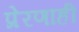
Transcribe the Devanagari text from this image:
प्रेरणाही